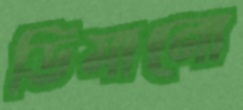
ডিমানো